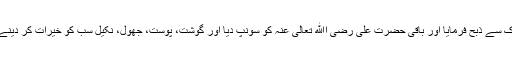
آپ صلی اﷲ تعالیٰ علیہ وسلم کے ساتھ قربانی کے ایک سو اونٹ تھے کچھ کو توآپ نے اپنے دست مبارک سے ذبح فرمایا اور باقی حضرت علی رضی اﷲ تعالیٰ عنہ کو سونپ دیا اور گوشت، پوست، جھول، نکیل سب کو خیرات کر دینے کا حکم دیااور فرمایا کہ قصاب کی مزدوری بھی اس میں سے نہ ادا کی جائے بلکہ الگ سے دی جائے۔